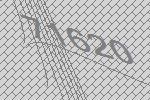
71620